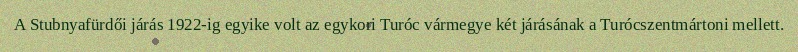
A Stubnyafürdői járás 1922-ig egyike volt az egykori Turóc vármegye két járásának a Turócszentmártoni mellett.